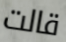
قالت